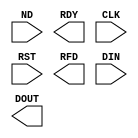
module distributed_arithmetic_fir_filter_spartan3e_9_0_f05c7a1835c759f4(
	ND,
	RDY,
	CLK,
	RST,
	RFD,
	DIN,
	DOUT);


input ND;
output RDY;
input CLK;
input RST;
output RFD;
input [15 : 0] DIN;
output [30 : 0] DOUT;

// synthesis translate_off

      C_DA_FIR_V9_0 #(
		.C_BAAT(16),
		.C_CHANNELS(1),
		.C_COEFF_TYPE(0),
		.C_COEFF_WIDTH(16),
		.C_DATA_TYPE(0),
		.C_DATA_WIDTH(16),
		.C_ENABLE_RLOCS(0),
		.C_FILTER_TYPE(0),
		.C_HAS_RESET(1),
		.C_HAS_SEL_I(0),
		.C_HAS_SEL_O(0),
		.C_HAS_SIN_F(0),
		.C_HAS_SIN_R(0),
		.C_HAS_SOUT_F(0),
		.C_HAS_SOUT_R(0),
		.C_LATENCY(9),
		.C_MEM_INIT_FILE("distributed_arithmetic_fir_filter_spartan3e_9_0_f05c7a1835c759f4.mif"),
		.C_OPTIMIZE(1),
		.C_POLYPHASE_FACTOR(1),
		.C_REG_OUTPUT(0),
		.C_RELOAD(0),
		.C_RELOAD_DELAY(146),
		.C_RELOAD_MEM_TYPE(1),
		.C_RESPONSE(0),
		.C_RESULT_WIDTH(31),
		.C_SATURATE(0),
		.C_SHAPE(0),
		.C_TAPS(16),
		.C_USE_MODEL_FUNC(0),
		.C_ZPF(1))
	inst (
		.ND(ND),
		.RDY(RDY),
		.CLK(CLK),
		.RST(RST),
		.RFD(RFD),
		.DIN(DIN),
		.DOUT(DOUT),
		.LD_DIN(),
		.COEF_LD(),
		.LD_WE(),
		.DOUT_I(),
		.DOUT_Q(),
		.SEL_I(),
		.SEL_O());


// synthesis translate_on

endmodule